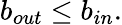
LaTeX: b_{out}\le b_{in}.